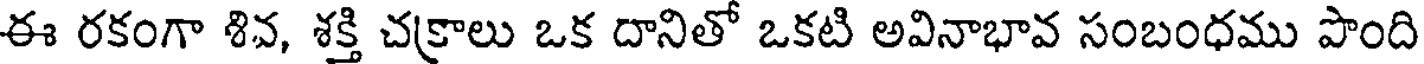
ఈ రకంగా శివ, శక్తి చక్రాలు ఒక దానితో ఒకటి అవినాభావ సంబంధము పొంది